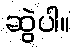
ဆွဲပါ။